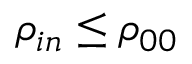
\rho _ { i n } \leq \rho _ { 0 0 }